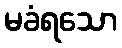
မခံရသော